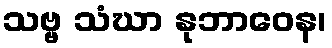
သဗ္ဗ သံဃာ နုဘာဝေန၊